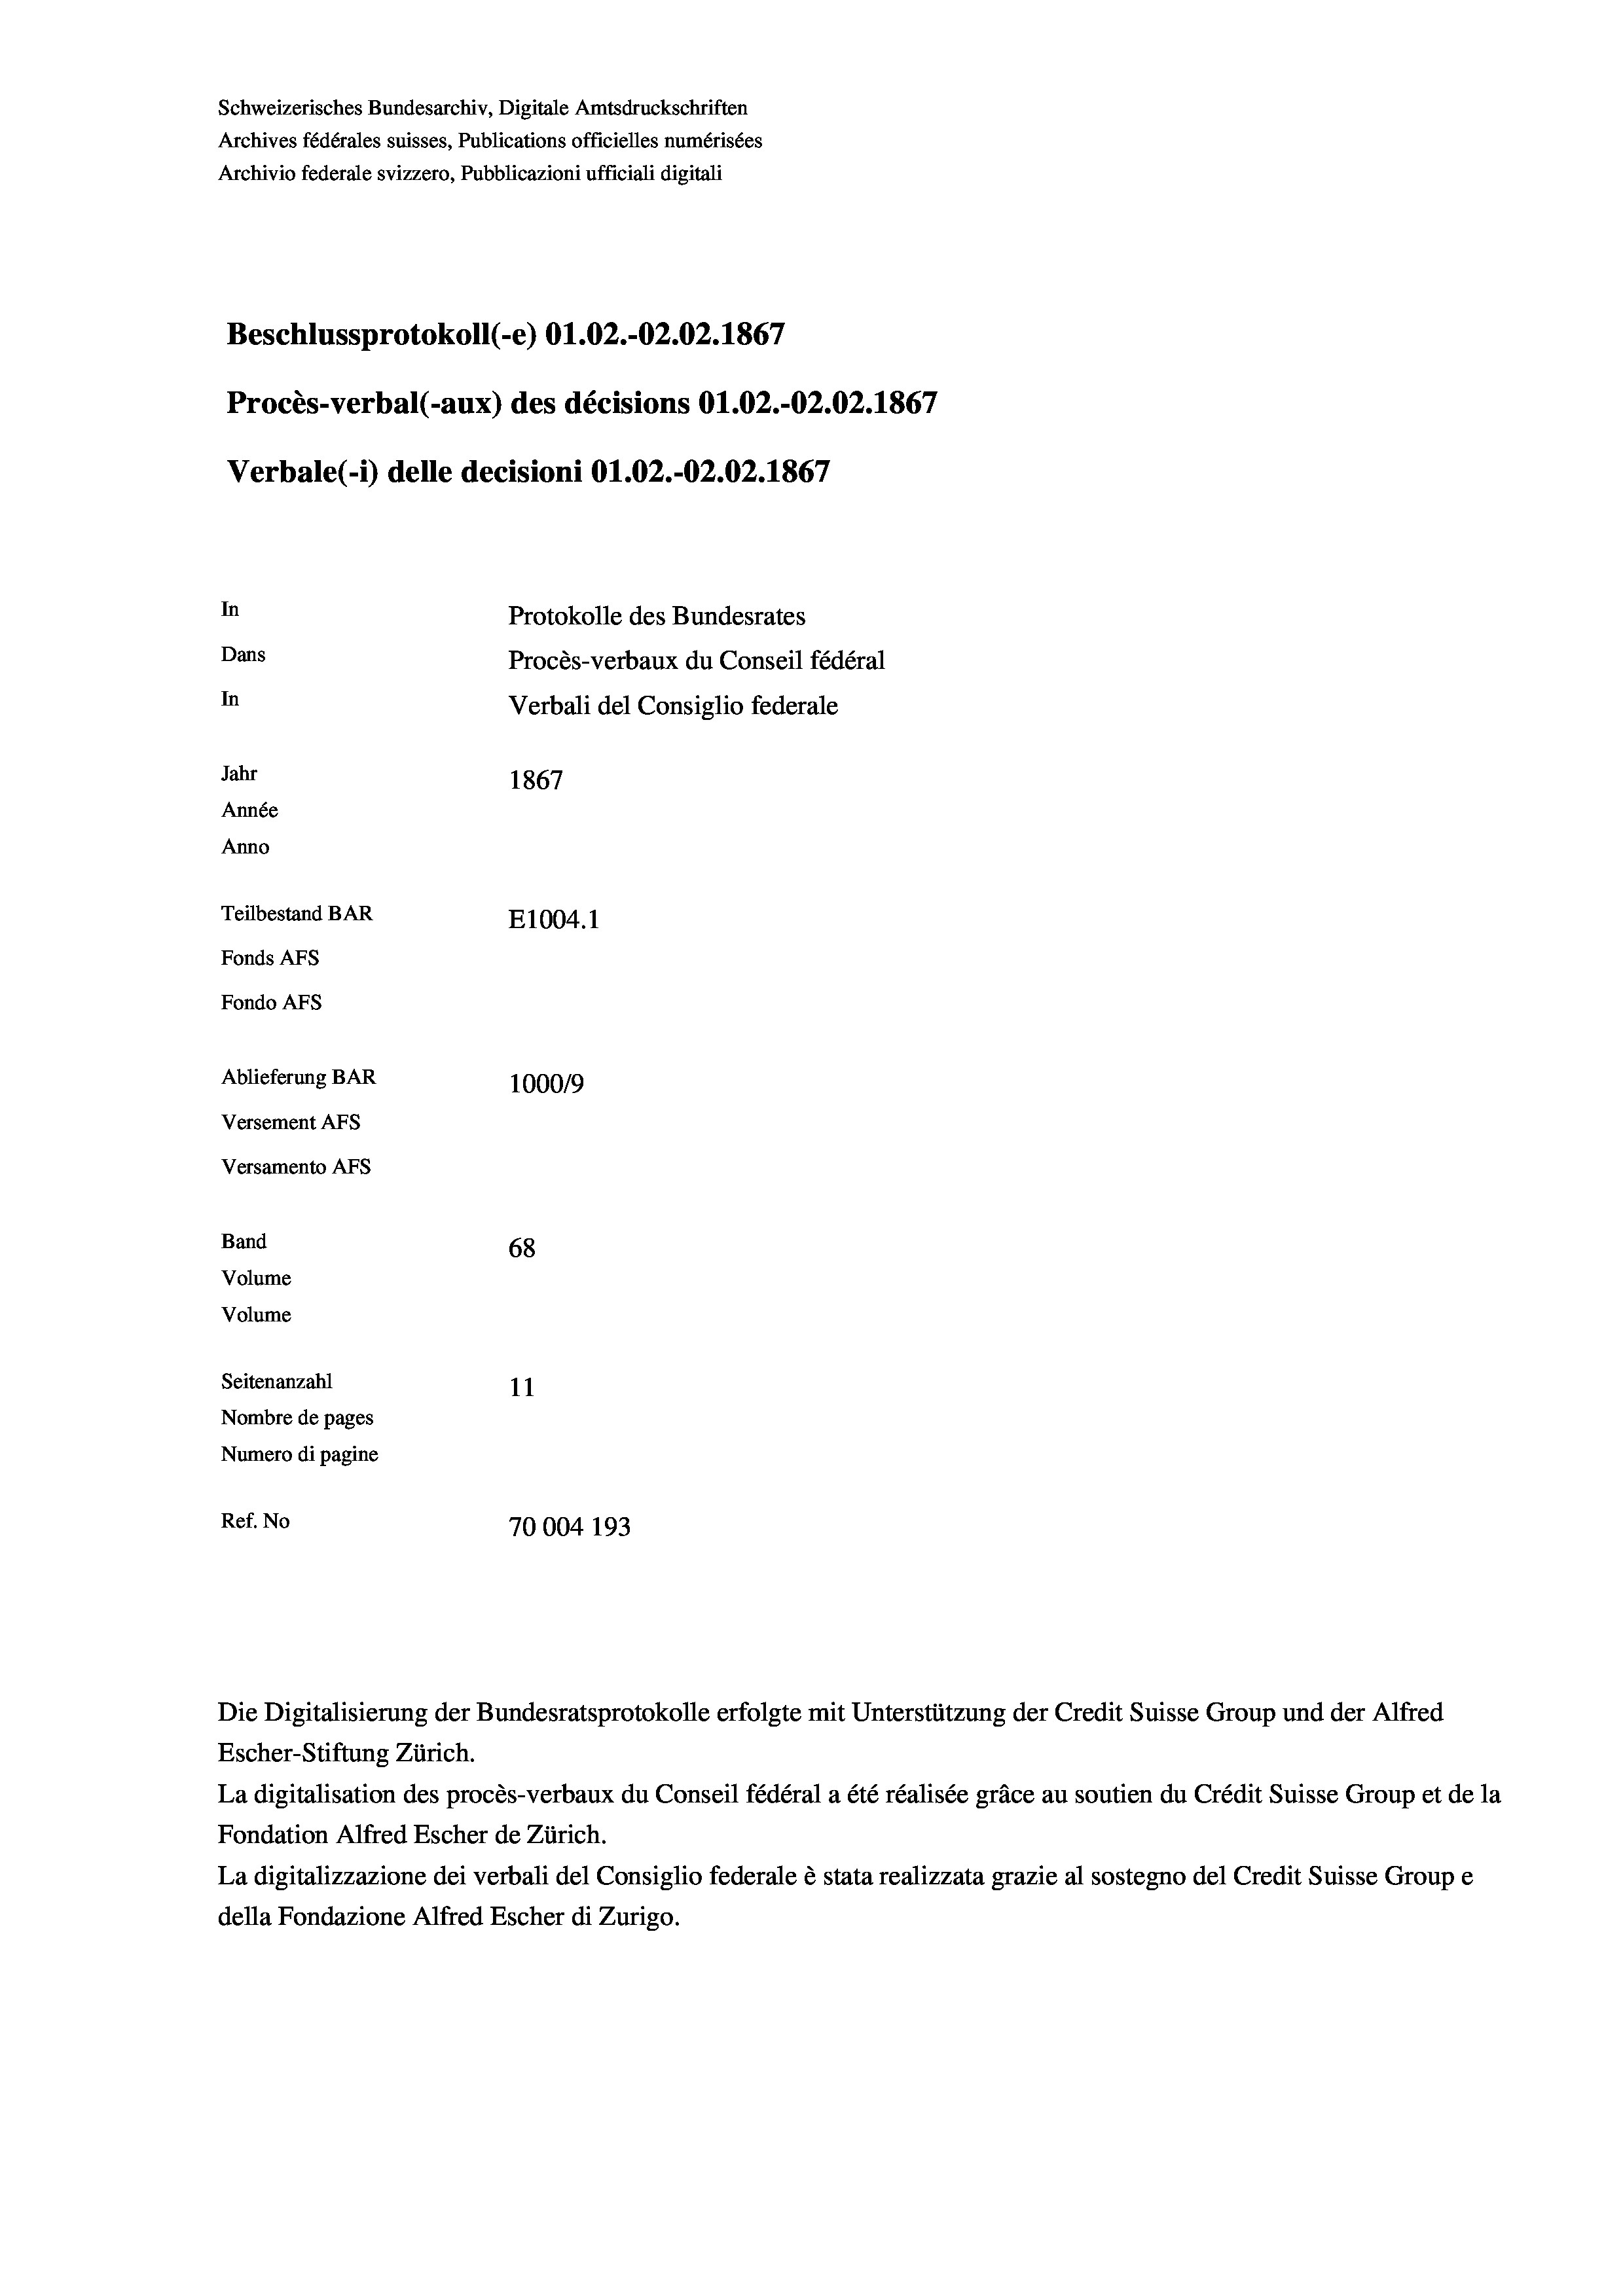
Schweizerisches Bundesarchiv, Digitale Amtsdruckschriften
Archives fédérales suisses, Publications officielles numérisées
Archivio federale svizzero, Pubblicazioni ufficiali digitali
Beschlussprotokoll (-e) O1.02.-O2.02. 1867
Procès-verbal (-aux) des décisions O1.02.-O2.02. 1867
Verbale(-*) delle decisioni O1.02.-O2.02. 1867
In
Protokolle des Bundesrates
Dans
Procès-verbaux du Conseil fédéral
In
Verbali del Consiglio federale
Jahr
1867
Année
Anno
Teilbestand BAR
E1004.1
Fonds Afs
Fondo AFS
Ablieferung BAR
100019

Versement AFs
Versamento AFs
Band
Volume
Volume

68
Seitenanzahl
11
Nombre de pages
Numero di pagine
Ref. No
70004 193

Die Digitalisierung der Bundesratsprotokolle erfolgte mit Unterstützung der Credit Suisse Group und der Alfred
Escher-Stiftung Zürich.
La digitalisation des procès-verbaux du Conseil fédéral a été réalisée gräce au soutien du Crédit Suisse Group et de la
Fondation Alfred Escher de Zürich.
La digitalizzazione dei verbali del Consiglio federale è stata realizzata grazie al sostegno del Credit Suisse Groupe
della Fondazione Alfred Escher di Zurigo.